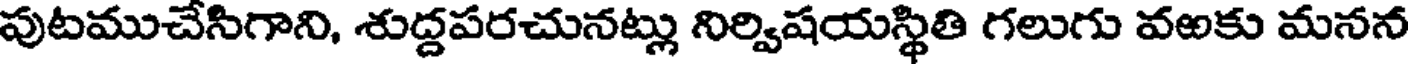
పుటముచేసిగాని, శుద్దపరచునట్లు నిర్విషయస్థితి గలుగు వఱకు మనన